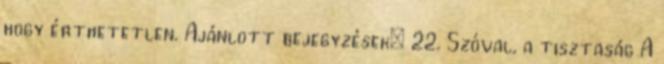
hogy érthetetlen. Ajánlott bejegyzések: 22. Szóval, a tisztaság A